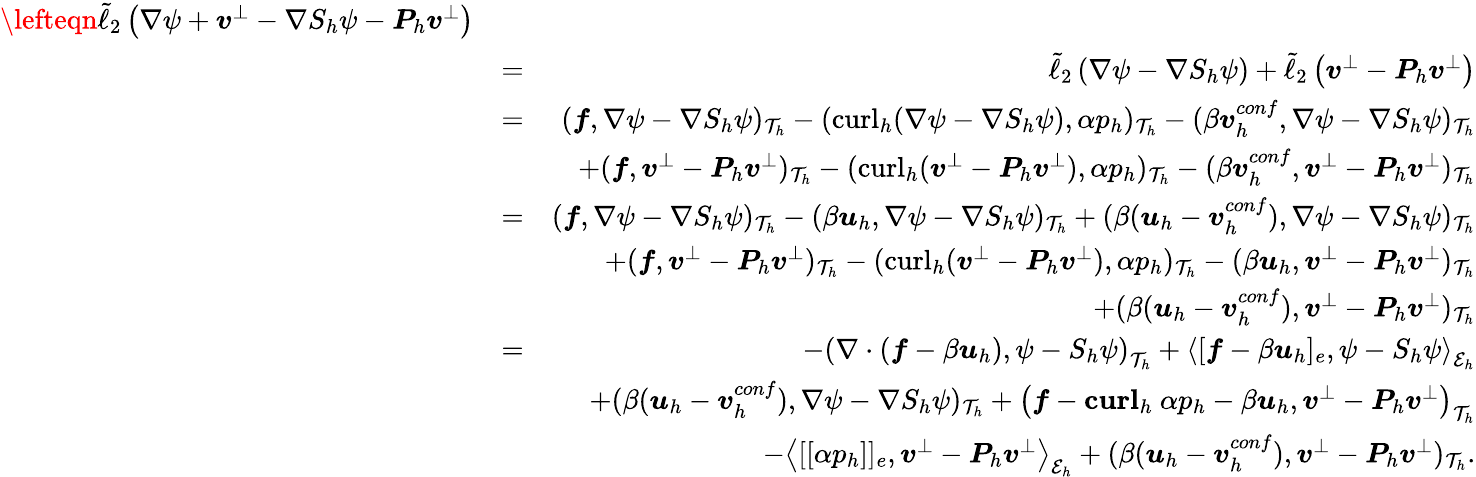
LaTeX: \begin{array}{rlr}{\lefteqn{\tilde{\ell}_{2}\left(\nabla\psi+\boldsymbol{v}^{\bot}-\nabla S_{h}\psi-\boldsymbol{P}_{h}\boldsymbol{v}^{\bot}\right)}}\\ &{=}&{\tilde{\ell}_{2}\left(\nabla\psi-\nabla S_{h}\psi\right)+\tilde{\ell}_{2}\left(\boldsymbol{v}^{\bot}-\boldsymbol{P}_{h}\boldsymbol{v}^{\bot}\right)}\\ &{=}&{(\boldsymbol{f},\nabla\psi-\nabla S_{h}\psi)_{\mathcal{T}_{h}}-(\mathrm{curl}_{h}(\nabla\psi-\nabla S_{h}\psi),\alpha p_{h})_{\mathcal{T}_{h}}-(\beta\boldsymbol{v}_{h}^{conf},\nabla\psi-\nabla S_{h}\psi)_{\mathcal{T}_{h}}}\\ &{}&{+(\boldsymbol{f},\boldsymbol{v}^{\bot}-\boldsymbol{P}_{h}\boldsymbol{v}^{\bot})_{\mathcal{T}_{h}}-(\mathrm{curl}_{h}(\boldsymbol{v}^{\bot}-\boldsymbol{P}_{h}\boldsymbol{v}^{\bot}),\alpha p_{h})_{\mathcal{T}_{h}}-(\beta\boldsymbol{v}_{h}^{conf},\boldsymbol{v}^{\bot}-\boldsymbol{P}_{h}\boldsymbol{v}^{\bot})_{\mathcal{T}_{h}}}\\ &{=}&{(\boldsymbol{f},\nabla\psi-\nabla S_{h}\psi)_{\mathcal{T}_{h}}-(\beta\boldsymbol{u}_{h},\nabla\psi-\nabla S_{h}\psi)_{\mathcal{T}_{h}}+(\beta(\boldsymbol{u}_{h}-\boldsymbol{v}_{h}^{conf}),\nabla\psi-\nabla S_{h}\psi)_{\mathcal{T}_{h}}}\\ &{}&{+(\boldsymbol{f},\boldsymbol{v}^{\bot}-\boldsymbol{P}_{h}\boldsymbol{v}^{\bot})_{\mathcal{T}_{h}}-(\mathrm{curl}_{h}(\boldsymbol{v}^{\bot}-\boldsymbol{P}_{h}\boldsymbol{v}^{\bot}),\alpha p_{h})_{\mathcal{T}_{h}}-(\beta\boldsymbol{u}_{h},\boldsymbol{v}^{\bot}-\boldsymbol{P}_{h}\boldsymbol{v}^{\bot})_{\mathcal{T}_{h}}}\\ &{}&{+(\beta(\boldsymbol{u}_{h}-\boldsymbol{v}_{h}^{conf}),\boldsymbol{v}^{\bot}-\boldsymbol{P}_{h}\boldsymbol{v}^{\bot})_{\mathcal{T}_{h}}}\\ &{=}&{-\left(\nabla\cdot\left(\boldsymbol{f}-\beta\boldsymbol{u}_{h}\right),\psi-S_{h}\psi\right)_{\mathcal{T}_{h}}+\left\langle[\boldsymbol{f}-\beta\boldsymbol{u}_{h}]_{e},\psi-S_{h}\psi\right\rangle_{\mathcal{E}_{h}}}\\ &{}&{+(\beta(\boldsymbol{u}_{h}-\boldsymbol{v}_{h}^{conf}),\nabla\psi-\nabla S_{h}\psi)_{\mathcal{T}_{h}}+\left(\boldsymbol{f}-\mathbf{curl}_{h}~\alpha p_{h}-\beta\boldsymbol{u}_{h},\boldsymbol{v}^{\bot}-\boldsymbol{P}_{h}\boldsymbol{v}^{\bot}\right)_{\mathcal{T}_{h}}}\\ &{}&{-\left\langle[[\alpha p_{h}]]_{e},\boldsymbol{v}^{\bot}-\boldsymbol{P}_{h}\boldsymbol{v}^{\bot}\right\rangle_{\mathcal{E}_{h}}+(\beta(\boldsymbol{u}_{h}-\boldsymbol{v}_{h}^{conf}),\boldsymbol{v}^{\bot}-\boldsymbol{P}_{h}\boldsymbol{v}^{\bot})_{\mathcal{T}_{h}}.}\end{array}